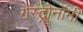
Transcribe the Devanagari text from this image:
गैस्ट्रोनॉमी